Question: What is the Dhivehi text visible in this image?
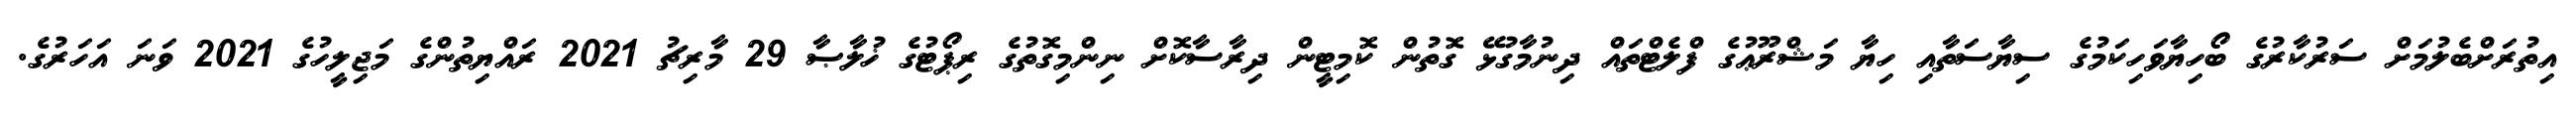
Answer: އިތުރަށްބެލުމަށް ސަރުކާރުގެ ބޯހިޔާވަހިކަމުގެ ސިޔާސަތާއި ހިޔާ މަޝްރޫޢުގެ ފްލެޓްތައް ދިނުމާގުޅޭ ގޮތުން ކޮމިޓީން ދިރާސާކޮށް ނިންމިގޮތުގެ ރިޕޯޓުގެ ޚުލާޞާ 29 މާރިޗު 2021 ރައްޔިތުންގެ މަޖިލީހުގެ 2021 ވަނަ އަހަރުގެ.